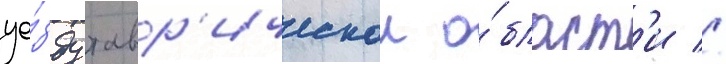
уе́зду тавр'ическои о́бласт'и //